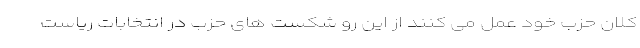
کلان حزب خود عمل می کنند از این رو شکست های حزب در انتخابات ریاست